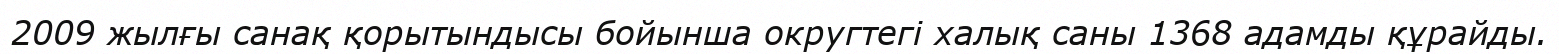
2009 жылғы санақ қорытындысы бойынша округтегі халық саны 1368 адамды құрайды.